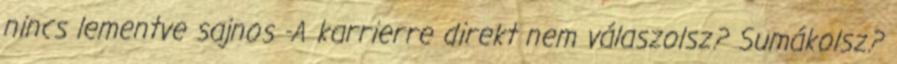
nincs lementve sajnos -A karrierre direkt nem válaszolsz? Sumákolsz?